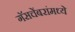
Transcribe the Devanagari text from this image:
गॅसचेंबरांमध्ये